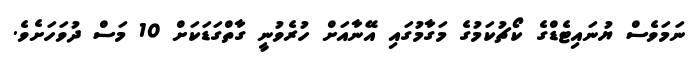
ނަމަވެސް ޔުނައިޓެޑްގެ ކޯޗުކަމުގެ މަގާމުގައި އޭނާއަށް ހުރެވުނީ ގާތްގަޑަކަށް 10 މަސް ދުވަހަށެވެ.